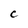
Character: C